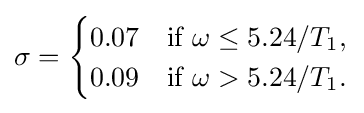
\sigma ={\begin{cases}0.07&{\text{if }}\omega \leq 5.24/T_{1},\\0.09&{\text{if }}\omega >5.24/T_{1}.\end{cases}}